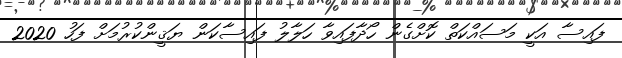
ފައިސާ އަކީ މަސައްކަތް ކޮށްގެން ހޯދާފައިވާ ހަލާލު ފައިސާކަން ޔަޤީންކުރުމަށް ފަހު 2020